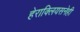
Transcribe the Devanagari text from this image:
हेराक्लियसनेही